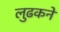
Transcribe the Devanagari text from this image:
लुढकने